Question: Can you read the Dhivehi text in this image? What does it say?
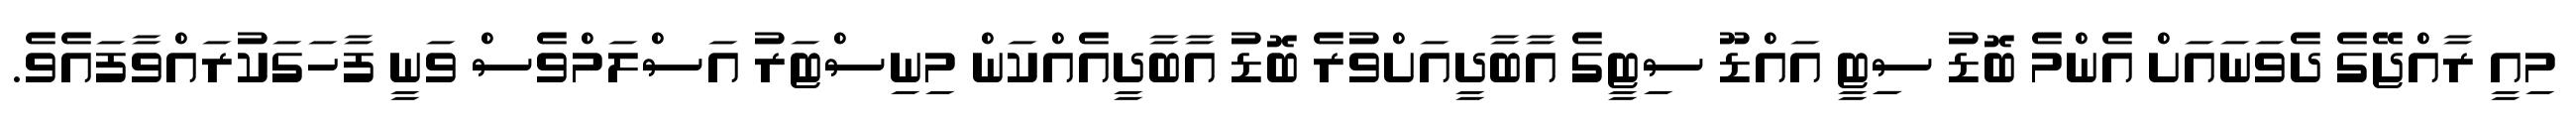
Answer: މިއީ ރާއްޖޭގެ ދެވަނައަށް އެންމެ ބޮޑު ސިިޓީ އައްޑޫ ސިޓީގެ އާބާދީއަށްވުރެ ބޮޑު އާބާދީއެއްކަން މިނިސްޓަރު އަސްލަމްވެސް ވަނީ ފާހަގަކުރައްވާފައެވެ.